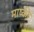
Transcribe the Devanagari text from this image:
माष्की